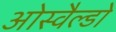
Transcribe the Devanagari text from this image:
ओस्वैल्डो